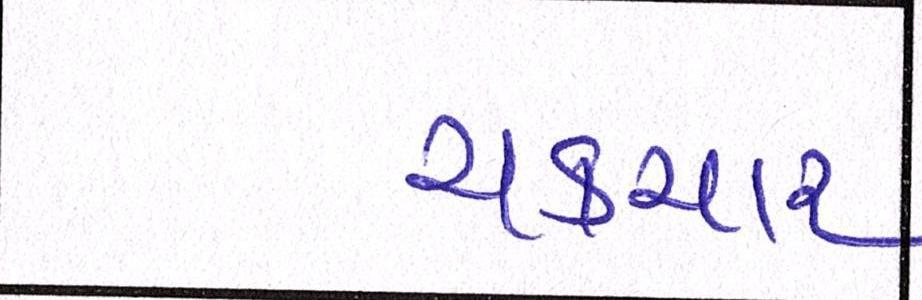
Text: ચકચાર